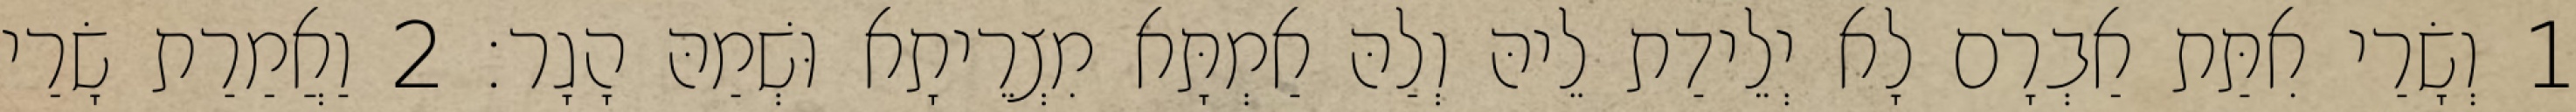
1 וְשָׂרַי אִתַּת אַבְרָם לָא יְלֵידַת לֵיהּ וְלַהּ אַמְתָּא מִצְרֵיתָא וּשְׁמַהּ הָגָר׃ 2 וַאֲמַרַת שָׂרַי